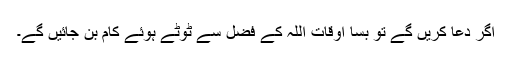
اگر دعا کریں گے تو بسا اوقات اللہ کے فضل سے ٹوٹے ہوئے کام بن جائیں گے۔